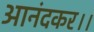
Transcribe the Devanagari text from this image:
आनंदकर।।